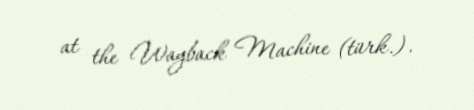
at the Wayback Machine (türk.).